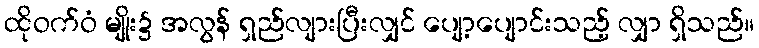
ထိုဝက်ဝံ မျိုး၌ အလွန် ရှည်လျားပြီးလျှင် ပျော့ပျောင်းသည့် လျှာ ရှိသည်။